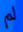
لم